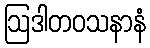
ဩဒါတဝသနာနံ